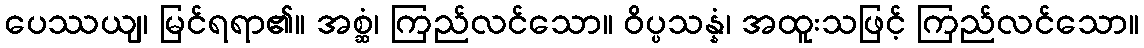
ပေဿယျ၊ မြင်ရရာ၏။ အစ္ဆံ၊ ကြည်လင်သော။ ဝိပ္ပသန္နံ၊ အထူးသဖြင့် ကြည်လင်သော။